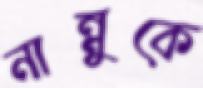
নান্নুকে